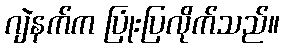
ဂျဲနက်က ပြုံးပြလိုက်သည်။